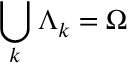
\bigcup _ { k } \Lambda _ { k } = \Omega